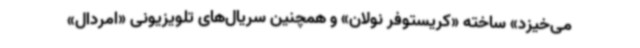
می‌خیزد» ساخته «کریستوفر نولان» و همچنین سریال‌های تلویزیونی «امردال»